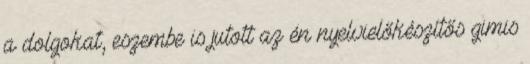
a dolgokat, eszembe is jutott az én nyelvielőkészítős gimis